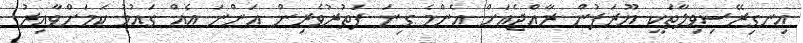
އިނގިރޭސިވިލާތަކީ ޔޫރަޕުން ރާއްޖެއަށް އެންމެ ގިނަ ފަތުރުވެރިން އަންނަ އެއް ގައުމު ކަމަށްވާއިރު